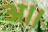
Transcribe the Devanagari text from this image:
अ।।